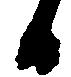
日